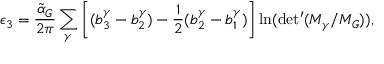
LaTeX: \epsilon _ { 3 } = \frac { \tilde { \alpha } _ { G } } { 2 \pi } \sum _ { \gamma } \left[ ( b _ { 3 } ^ { \gamma } - b _ { 2 } ^ { \gamma } ) - \frac { 1 } { 2 } ( b _ { 2 } ^ { \gamma } - b _ { 1 } ^ { \gamma } ) \right] \ln ( \mathrm { d e t ^ { \prime } } ( M _ { \gamma } / M _ { G } ) ) ,